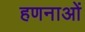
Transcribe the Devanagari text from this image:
हणनाओं